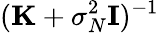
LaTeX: (\mathbf{K}+\sigma_{N}^{2}{\mathbf{I}})^{-1}